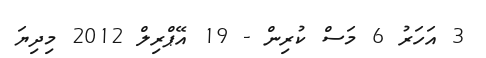
3 އަހަރު 6 މަސް ކުރިން - 19 އޭޕްރިލް 2012 މިދިޔަ